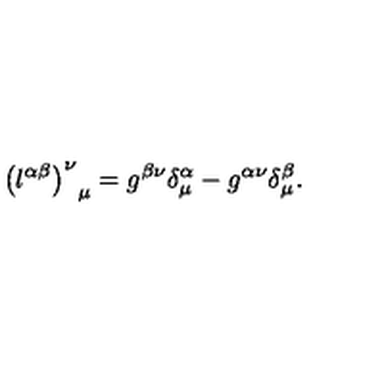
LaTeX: { \left( l ^ { \alpha \beta } \right) ^ { \nu } } _ { \mu } = g ^ { \beta \nu } \delta _ { \mu } ^ { \alpha } - g ^ { \alpha \nu } \delta _ { \mu } ^ { \beta } .